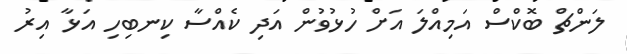
ލަންޗް ބޮކްސް އަމިއްލަ އަށް ހުޅުވުން އަދި ކެއްސާ ކިނބިހި އަޅާ އިރު